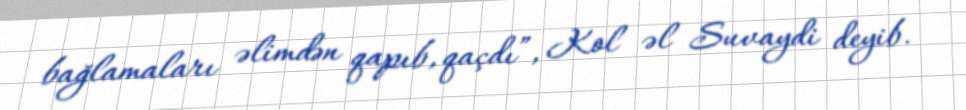
bağlamaları əlimdən qapıb, qaçdı”, Kol əl Suvaydi deyib.